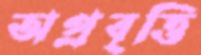
অপ্রবৃত্তি